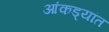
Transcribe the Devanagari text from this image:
आंकड्यांत